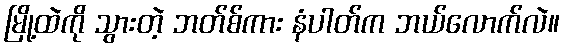
မြို့ထဲကို သွားတဲ့ ဘတ်စ်ကား နံပါတ်က ဘယ်လောက်လဲ။